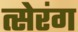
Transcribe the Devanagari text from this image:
त्सेरंग